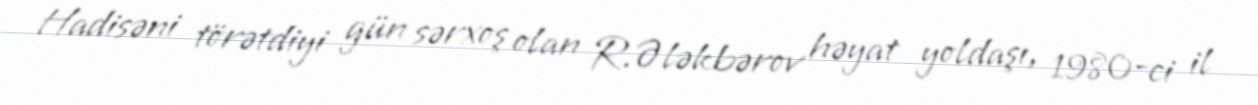
Hadisəni törətdiyi gün sərxoş olan R.Ələkbərov həyat yoldaşı, 1980-ci il